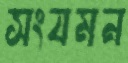
সংযমন